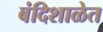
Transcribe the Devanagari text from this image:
बंदिशाळेत